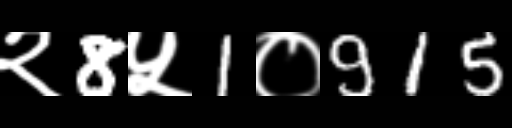
Text: २8५1०915